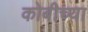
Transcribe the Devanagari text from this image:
कोबीच्या